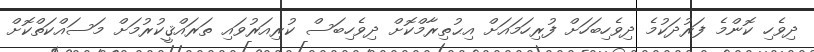
ދިވެހި ކޮންމެ ފަރުދަކުމެ ދިވެހިބަހަށް ފުރިހަމައަށް އިޙުތިރާމްކޮށް ދިވެހިބަސް ކުރިއަރުވައި ތަރައްޤީކުރުމަށް މަސައްކަތްކޮށް